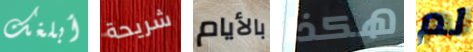
أبلغك شريحة بالأيام هكذا لم